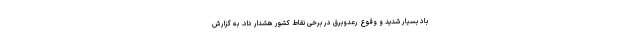
باد بسیار شدید و وقوع رعدوبرق در برخی نقاط کشور هشدار داد. به گزارش